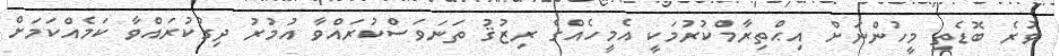
ވުރެ ބޮޑެތި މީހުންނަށް އިޙްތިރާމްކުރުމަކީ އެމީހެއްގެ ރިޒުޤު ތަނަވަސްކުރައްވާ އުމުރު ދިގުކުރައްވާ ކަމެއްކަމަށް